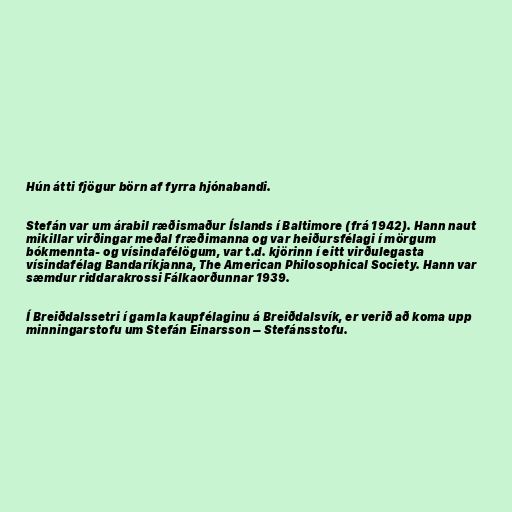
Hún átti fjögur börn af fyrra hjónabandi.

Stefán var um árabil ræðismaður Íslands í Baltimore (frá 1942). Hann naut
mikillar virðingar meðal fræðimanna og var heiðursfélagi í mörgum
bókmennta- og vísindafélögum, var t.d. kjörinn í eitt virðulegasta
vísindafélag Bandaríkjanna, The American Philosophical Society. Hann var
sæmdur riddarakrossi Fálkaorðunnar 1939.

Í Breiðdalssetri í gamla kaupfélaginu á Breiðdalsvík, er verið að koma upp
minningarstofu um Stefán Einarsson – Stefánsstofu.